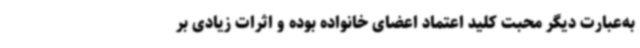
به‌عبارت دیگر محبت کلید اعتماد اعضای خانواده بوده و اثرات زیادی بر